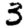
Digit: 3